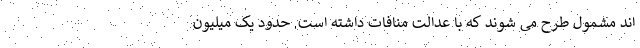
اند مشمول طرح می شوند که با عدالت منافات داشته است. حدود یک میلیون